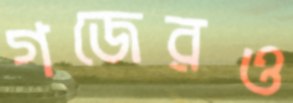
গজেরও